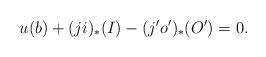
LaTeX: \begin{align*} u(b) + (ji)_*(I) - (j'o')_*(O') = 0.\end{align*}